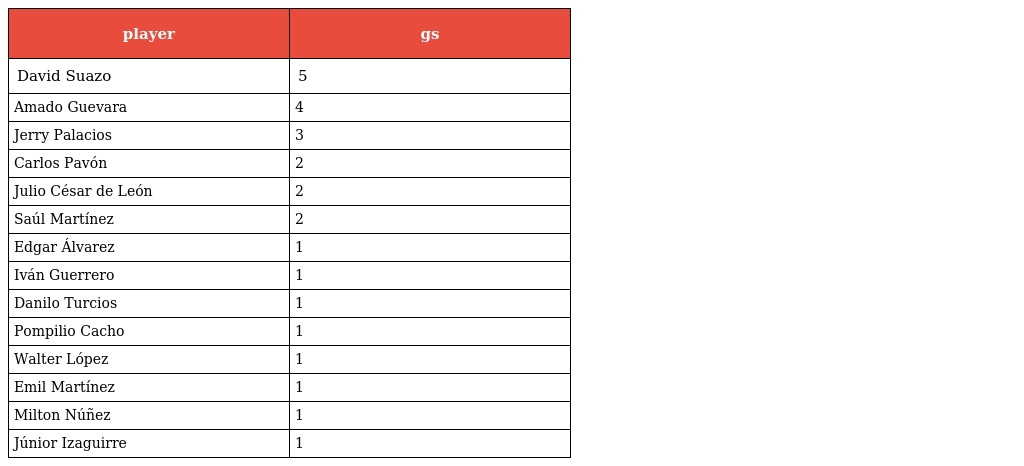
| player | gs |
 | --- | --- |
 | David Suazo | 5 |
 | Amado Guevara | 4 |
 | Jerry Palacios | 3 |
 | Carlos Pavón | 2 |
 | Julio César de León | 2 |
 | Saúl Martínez | 2 |
 | Edgar Álvarez | 1 |
 | Iván Guerrero | 1 |
 | Danilo Turcios | 1 |
 | Pompilio Cacho | 1 |
 | Walter López | 1 |
 | Emil Martínez | 1 |
 | Milton Núñez | 1 |
 | Júnior Izaguirre | 1 |